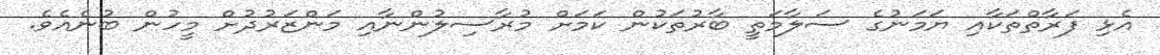
އެޅި ފަރާތްތަކާއި ޔަމަނުގެ ސަލާމަތީ ބާރުތަކުން ކަމަށް މުރާސިލުންނާއި މަންޒަރުދުށް މީހުން ބުނެއެވެ.